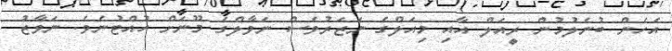
އެހެން ބުނެލުމުން ރީއަލް އާއި މިއަލްގެ ނަޒަރުވެސް ނަވާލްގެ މޫނަށް ހުއްޓުނެވެ. ނަވާޒު